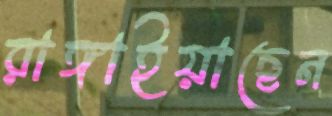
রাঙ্গাইয়াছেন